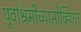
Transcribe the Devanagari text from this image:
पूर्वाश्रमीच्यासोव्हिएत